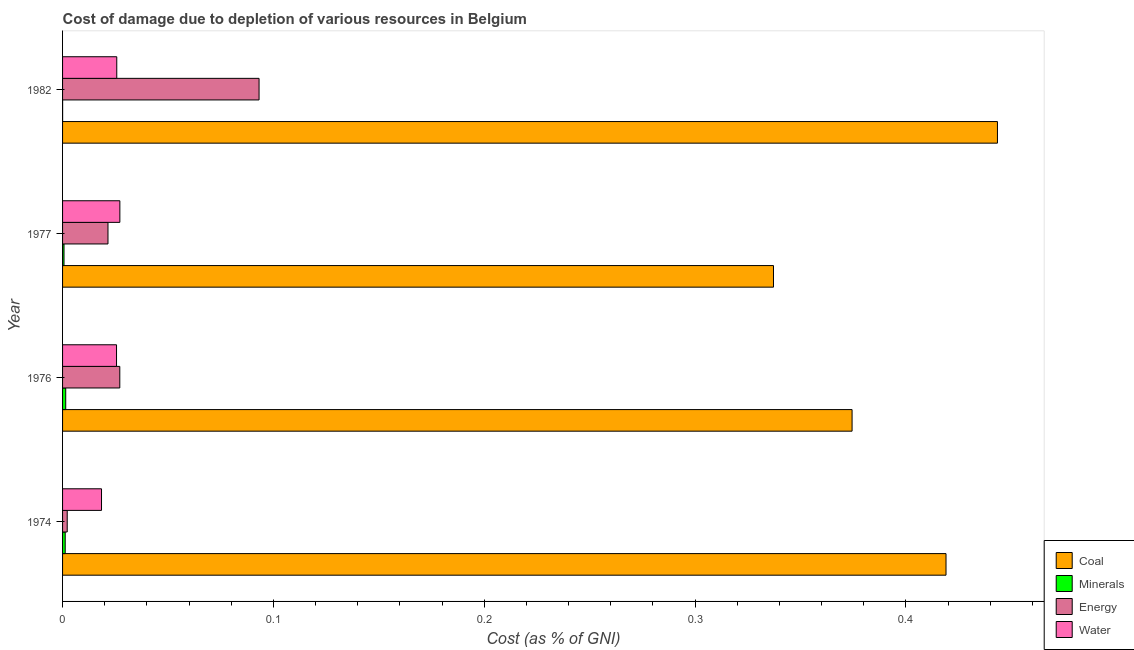
| Year | Coal | Minerals | Energy | Water |
 | --- | --- | --- | --- | --- |
 | 1974 | 0.419 | 0.00125 | 0.0022 | 0.0185 |
 | 1976 | 0.374 | 0.00149 | 0.0271 | 0.0256 |
 | 1977 | 0.337 | 0.000688 | 0.0215 | 0.0272 |
 | 1982 | 0.443 | 2.31e-05 | 0.0932 | 0.0257 |